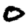
Digit: 0